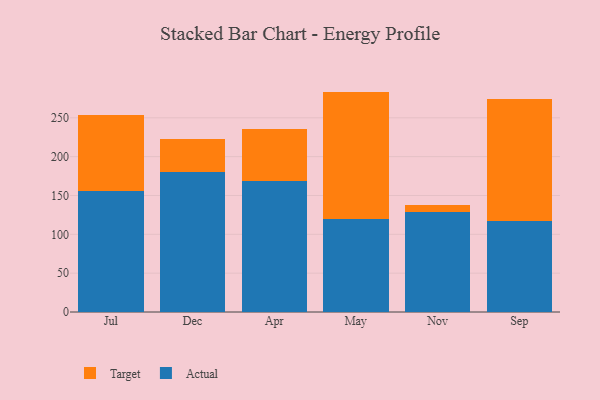
{"axis": {"x": "Month", "y": "Waste Production (Tons)"}, "legend": ["Actual", "Target"], "data": [{"x": "Jul", "y": 156.3, "type": "Actual"}, {"x": "Jul", "y": 96.8, "type": "Target"}, {"x": "Dec", "y": 179.8, "type": "Actual"}, {"x": "Dec", "y": 42.9, "type": "Target"}, {"x": "Apr", "y": 168.6, "type": "Actual"}, {"x": "Apr", "y": 66.6, "type": "Target"}, {"x": "May", "y": 119.8, "type": "Actual"}, {"x": "May", "y": 163.9, "type": "Target"}, {"x": "Nov", "y": 129.2, "type": "Actual"}, {"x": "Nov", "y": 8.3, "type": "Target"}, {"x": "Sep", "y": 117.4, "type": "Actual"}, {"x": "Sep", "y": 157.2, "type": "Target"}]}